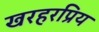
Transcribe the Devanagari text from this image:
खरहरप्रिय